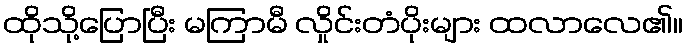
ထိုသို့ပြောပြီး မကြာမီ လှိုင်းတံပိုးများ ထလာလေ၏။